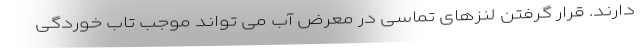
دارند. قرار گرفتن لنزهای تماسی در معرض آب می تواند موجب تاب خوردگی